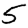
Digit: 5